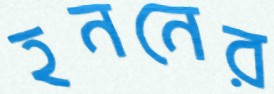
হননের